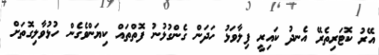
އޭރު ކޮޓަރިތެރޭ އެނދު ކައިރީ ފިލާވަޅު ހަދަން ގެންގުޅުނު ފޮތްތައް ކިޔަންވެގެން ހުޅުވާލިގޮތަށް